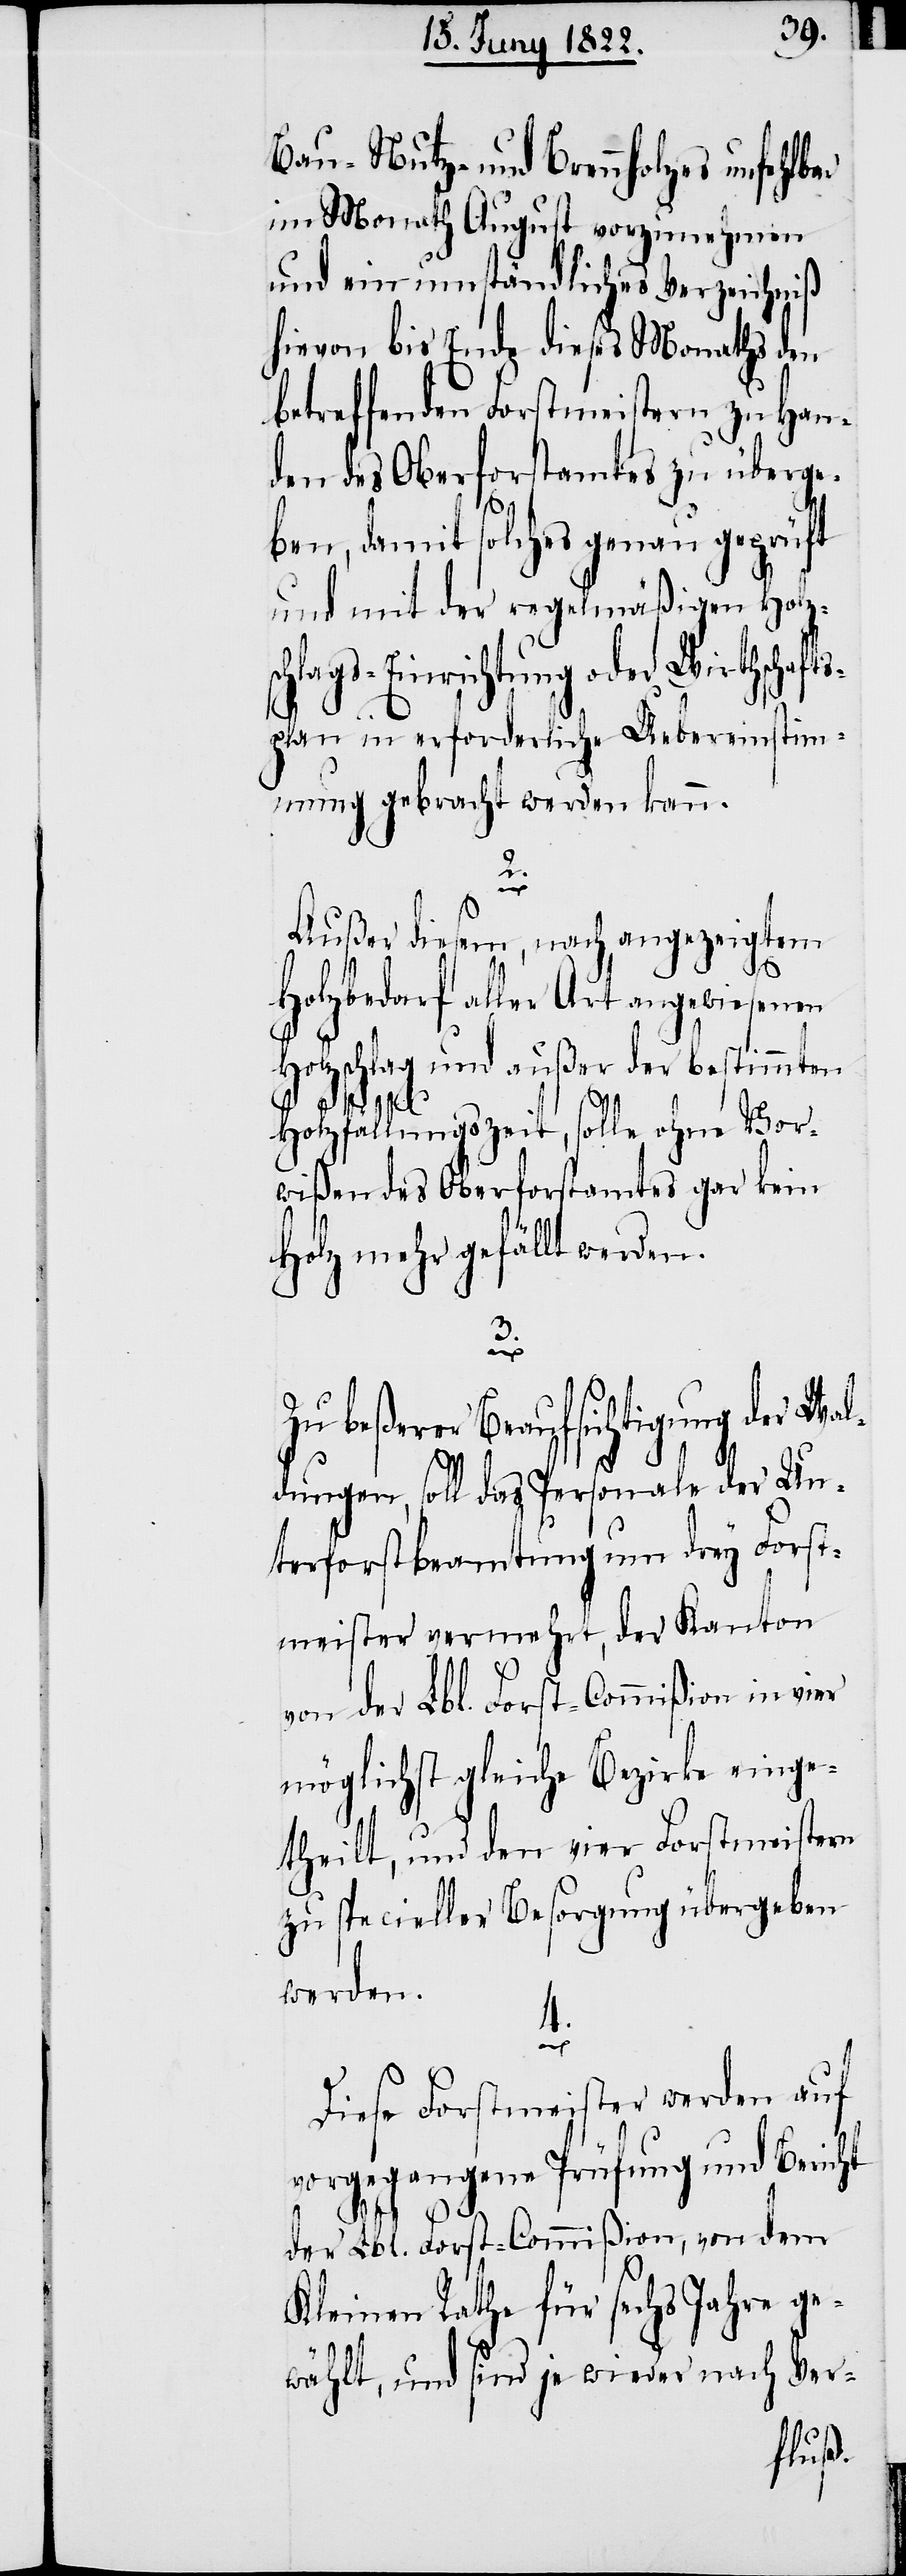
Bau- Nutz- und Brennholzes unfehlb¬
im Monath August vorzunehmen
und ein umständliches Verzeichniß
hievon bis Ende dieses Monaths den
betreffenden Forstmeistern zu Han¬
den des Oberforstamtes zu überge¬
ben, damit solches genau geprüft
und mit der regelmäßigen Holzs¬
chlags-Einrichtung oder Wirthschaft¬
splan in erforderliche Uebereinstim¬
mung gebracht werden kann.
2.
Außer diesem, nach angezeigtem
Holzbedarf aller Art angewiesenen
Holzschlag und außer der bestimmten
Holzfällungszeit, solle ohne Vor¬
wißen des Oberforstamtes gar kein
Holz mehr gefällt werden.
3.
Zu beßerer Beaufsichtigung der Wa¬
ldungen, soll das Personale der Un¬
terforstbeamtung um drey Forst¬
meister vermehrt, der Kanton
von der Lbl. Forst-Commißion in vier
möglichst gleiche Bezirke einge¬
theilt, und den vier Forstmeistern
zu specieller Besorgung übergeben
werden.
4.
Diese Forstmeister werden auf
vorgegangene Prüfung und Bericht
der Lbl. Forst-Commißion, von dem
Kleinen Rathe für sechs Jahre ge¬
wählt, und sind je wieder nach Ver-